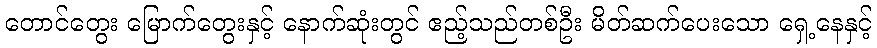
တောင်တွေး မြောက်တွေးနှင့် နောက်ဆုံးတွင် ဧည့်သည်တစ်ဦး မိတ်ဆက်ပေးသော ရှေ့နေနှင့်